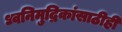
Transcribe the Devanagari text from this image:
ध्वनिमुद्रिकांसाठीही